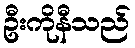
ဦးကိုနီသည်